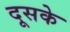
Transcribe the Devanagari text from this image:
दूसके